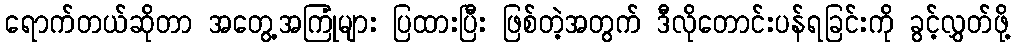
ရောက်တယ်ဆိုတာ အတွေ့အကြုံများ ပြထားပြီး ဖြစ်တဲ့အတွက် ဒီလိုတောင်းပန်ရခြင်းကို ခွင့်လွှတ်ဖို့